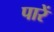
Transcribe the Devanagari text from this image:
पारें